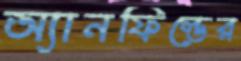
অ্যানফিল্ডের